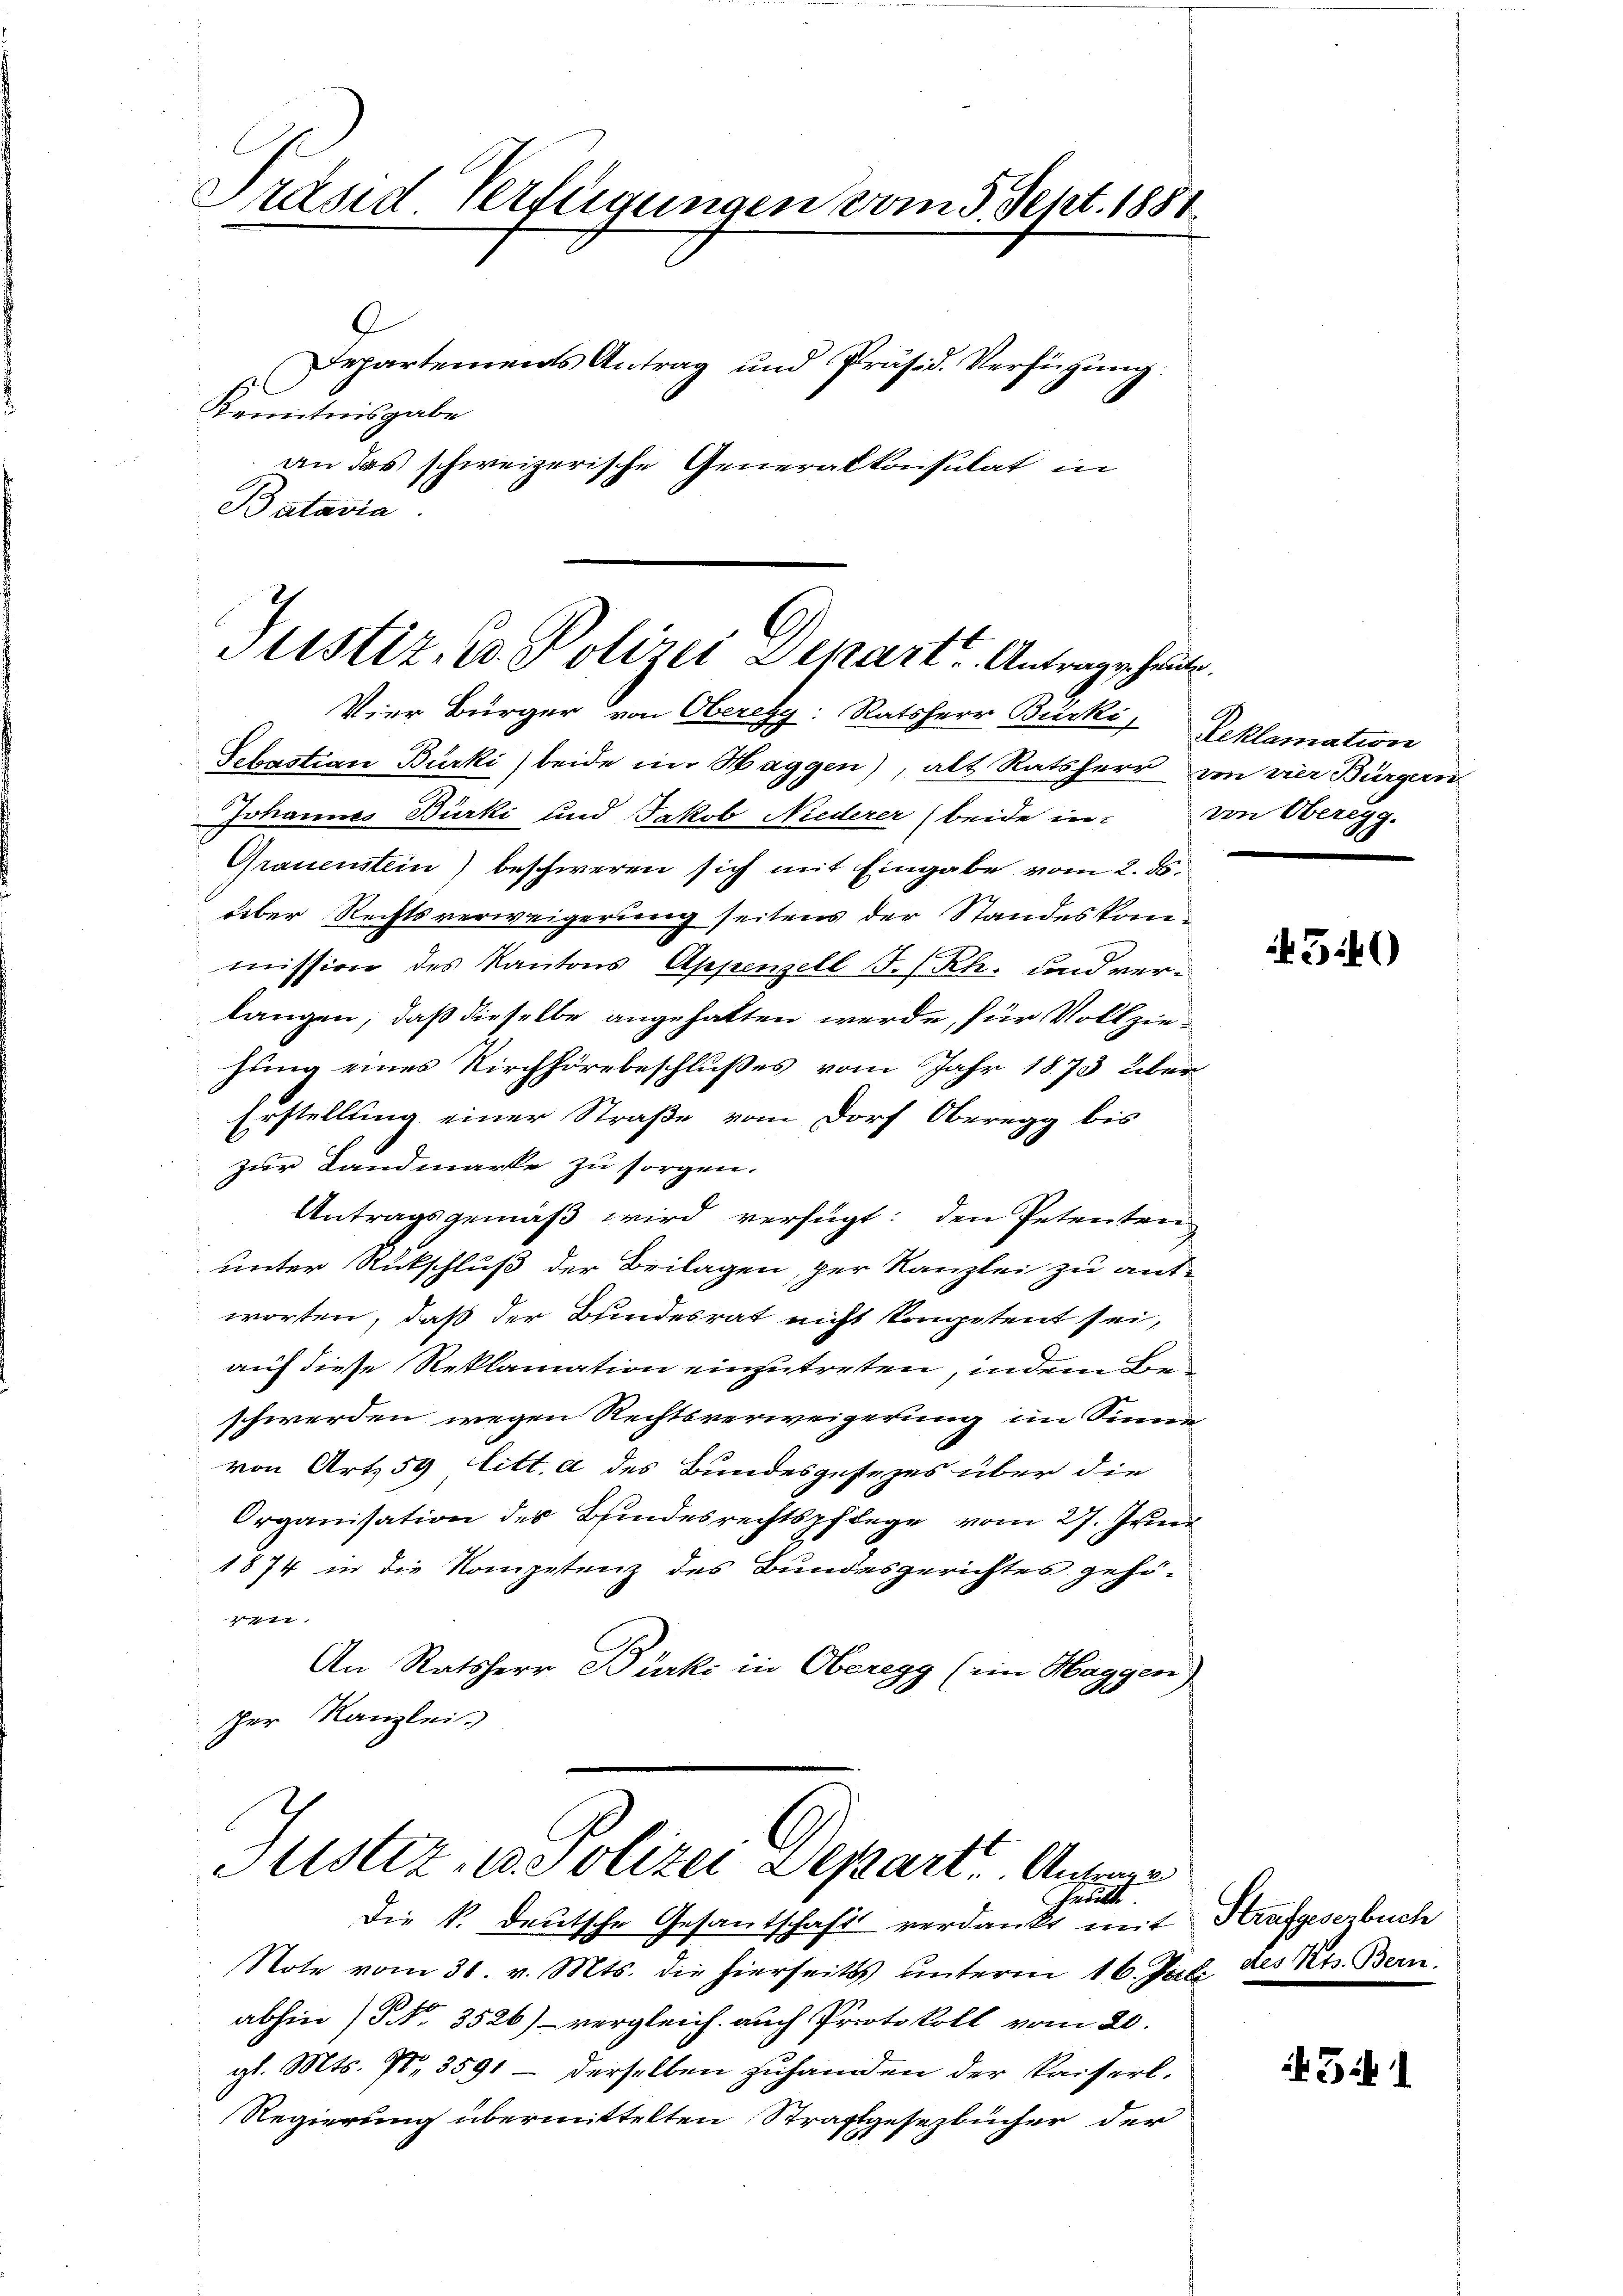
Präsid. Verfügungen vom 3. Sept. 1881
9
Departements Antrag und Präsid. Verfügung
Kenntnisgabe
an das schweizerische Generalkonsulat in
Batavia

Justiz- u. Polizei Depart. Antragshaus

Vier Bürger von Oberegy: Ratsherr Bürki, Reklamation
Sebastian Bürki beide in Haggen), alt Ratsherr von vier Bürgern
Johannes Bürki und Jakob Niederer (beide in von Oberegg.
Grauenstein) beschweren sich mit Eingabe vom 2. ds.
über Rechtsverweigerung seitens der Standeskommission des Kantons Appenzell I.-Rh. und verlangen, daß dieselbe angehalten werde, für Vollziehung eines Kirchhörbeschlußes vom Jahr 1873 über¬
Erstellung einer Straße vom Dorf Oberegg bis
zur Landmarke zu sorgen.
Antragsgemäß wird verfügt: den Petenten
unter Rückschluß der Beilagen, per Kanzlei zu ant-
worten, daß der Bundesrat nicht kompetent sei,
auf diese Reklamation einzutreten, indem Bre
schwerden wegen Rechtsverweigerung im Sinne
von Art. 59 litt. a des Bundesgesezes über die
Organisation des Bundesrechtspflege vom 27. Juni
1874 in die Kompetenz des Bundesgerichtes gehöer
An Ratsherr Bürki in Oberegg (ein Haggen)
cher Kanzlei

Astiz- u. Polizei Depart. Antrage
heute.

die k. deutsche Gesantschaft verdankt mit Krafgesezbuch
Note vom 30. v. Mts. die hierseits unterm 16. Juli
abhin / NNo. 3526) - vergleich auch Protokoll vom 20.
gl. Mts. 70, 3591 – derselben zuhanden der kaiserl.
Regierung übermittelten Straftgesezbücher der

4540

des Kts. Bern.

3: 1